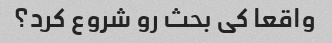
واقعا کی بحث رو شروع کرد؟